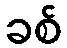
ခစ်